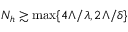
N _ { h } \gtrsim \operatorname* { m a x } \{ 4 \Lambda / \lambda , 2 \Lambda / \delta \}